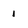
Character: 1